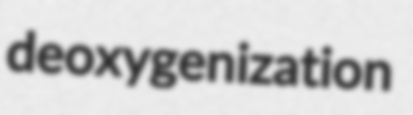
deoxygenization